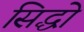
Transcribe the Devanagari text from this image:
सिद्धो